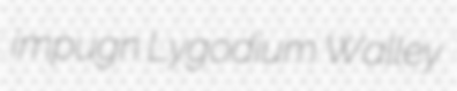
impugn Lygodium Walley